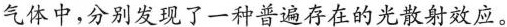
气体中，分别发现了一种普遍存在的光散射效应。